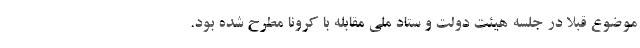
موضوع قبلا در جلسه هیئت دولت و ستاد ملی مقابله با کرونا مطرح شده بود.